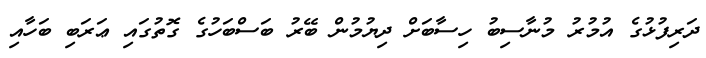
ދަރިފުޅުގެ އުމުރު މުނާސިބު ހިސާބަށް ދިޔުމުން ބޭރު ބަސްބަހުގެ ގޮތުގައި ޢަރަބި ބަހާއި